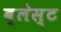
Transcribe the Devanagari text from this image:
ब्लेस्ट